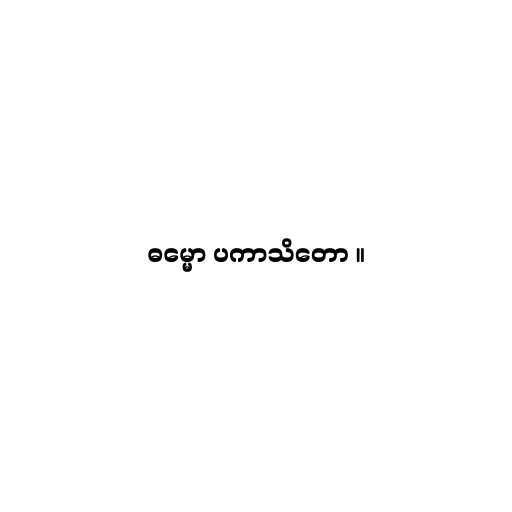
ဓမ္မော ပကာသိတော ။